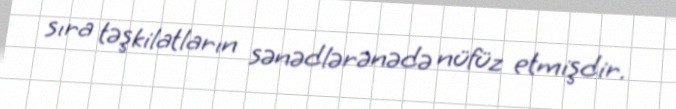
sıra təşkilatların sənədlərənədə nüfüz etmişdir.